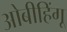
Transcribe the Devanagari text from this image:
ओबीहिंगू